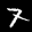
Label: 7